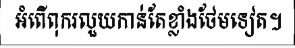
អំពើពុករលួយកាន់តែខ្លាំងថែមទៀត។